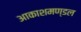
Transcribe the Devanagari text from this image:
आकाशमण्डल